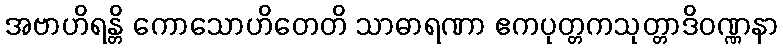
အဗာဟိရန္တိ ကောသောဟိတေတိ သာဓာရဏာ ဧကပုတ္တကသုတ္တာဒိဝဏ္ဏနာ